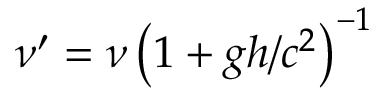
\nu ^ { \prime } = \nu \left( 1 + g h / c ^ { 2 } \right) ^ { - 1 }